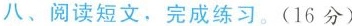
八、阅读短文，完成练习。(16分)